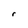
Character: r